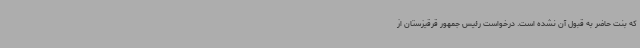
که بنت حاضر به قبول آن نشده است. درخواست رئیس جمهور قرقیزستان از